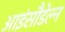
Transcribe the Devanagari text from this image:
आइंसौडेल्न